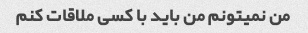
من نمیتونم من باید با کسی ملاقات کنم